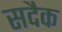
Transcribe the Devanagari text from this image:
सदैक